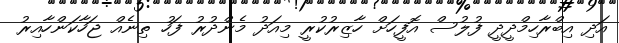
އަދި އިބްރާހިމްދީދީ ފުލުސް އޮފީހަށް ހާޒިރުކުރީ މިއަދު މެންދުރު ފަހު ތިނެއް ޖަހާކަންހާއިރު